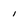
Character: 1